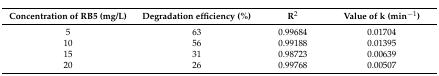
<table><thead><tr><td><b>Concentration of RB5 (mg/L)</b></td><td><b>Degradation efficiency (%)</b></td><td><b>R<sup>2</sup></b></td><td><b>Value of k (min<sup>−1</sup>)</b></td></tr></thead><tbody><tr><td>5</td><td>63</td><td>0.99684</td><td>0.01704</td></tr><tr><td>10</td><td>56</td><td>0.99188</td><td>0.01395</td></tr><tr><td>15</td><td>31</td><td>0.98723</td><td>0.00639</td></tr><tr><td>20</td><td>26</td><td>0.99768</td><td>0.00507</td></tr></tbody></table>